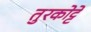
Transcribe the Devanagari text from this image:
तुरकोट्टे